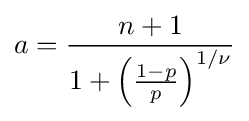
a={\frac {n+1}{1+\left({\frac {1-p}{p}}\right)^{1/\nu }}}